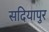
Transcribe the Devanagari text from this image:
सदियापुर